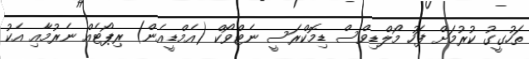
ތަހުގީގު ކުރުމަށް ފަހު މޯލްޑިވްސް ޑިމޮކްރަސީ ނެޓްވޯކް (އެމްޑީއެން) ރިޕޯޓެއް ނެރުމާއި އެކު